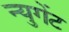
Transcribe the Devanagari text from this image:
न्युगेंट